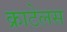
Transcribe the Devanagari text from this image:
क्राटेलस